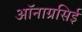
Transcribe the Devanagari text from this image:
ऑनाग्रसिई